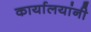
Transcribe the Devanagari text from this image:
कार्यालयांनी